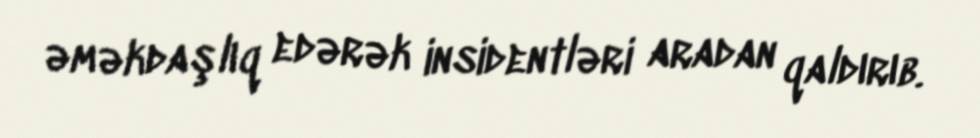
əməkdaşlıq edərək insidentləri aradan qaldırıb.